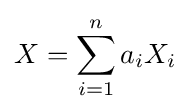
X=\sum _{i=1}^{n}a_{i}X_{i}